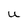
Character: U